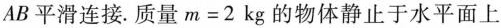
AB平滑连接.质量$$m = 2 k g$$的物体静止于水平面上